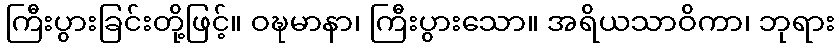
ကြီးပွားခြင်းတို့ဖြင့်။ ဝဍ္ဎမာနာ၊ ကြီးပွားသော။ အရိယသာဝိကာ၊ ဘုရား